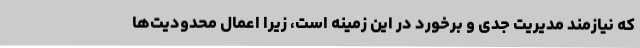
که نیازمند مدیریت جدی و برخورد در این زمینه است، زیرا اعمال محدودیت‌ها